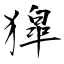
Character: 獔